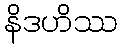
နိဒဟိဿ